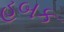
હબક